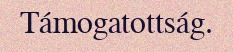
Támogatottság.